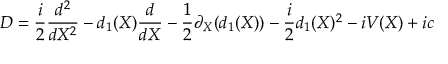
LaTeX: D = \frac { i } { 2 } \frac { d ^ { 2 } } { d X ^ { 2 } } - d _ { 1 } ( X ) \frac { d } { d X } - \frac { 1 } { 2 } \partial _ { X } ( d _ { 1 } ( X ) ) - \frac { i } { 2 } d _ { 1 } ( X ) ^ { 2 } - i V ( X ) + i c